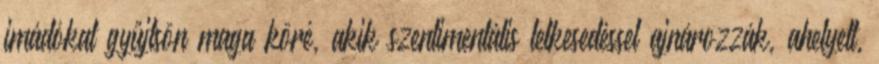
imádókat gyűjtsön maga köré, akik szentimentális lelkesedéssel ajnározzák, ahelyett,